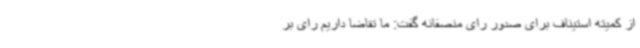
از کمیته استیناف برای صدور رای منصفانه گفت: ما تقاضا داریم رای بر